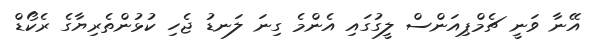
އޭނާ ވަނީ ޗެމްޕިއަންސް ލީގުގައި އެންމެ ގިނަ ލަނޑު ޖެހި ކުޅުންތެރިޔާގެ ރެކޯޑް